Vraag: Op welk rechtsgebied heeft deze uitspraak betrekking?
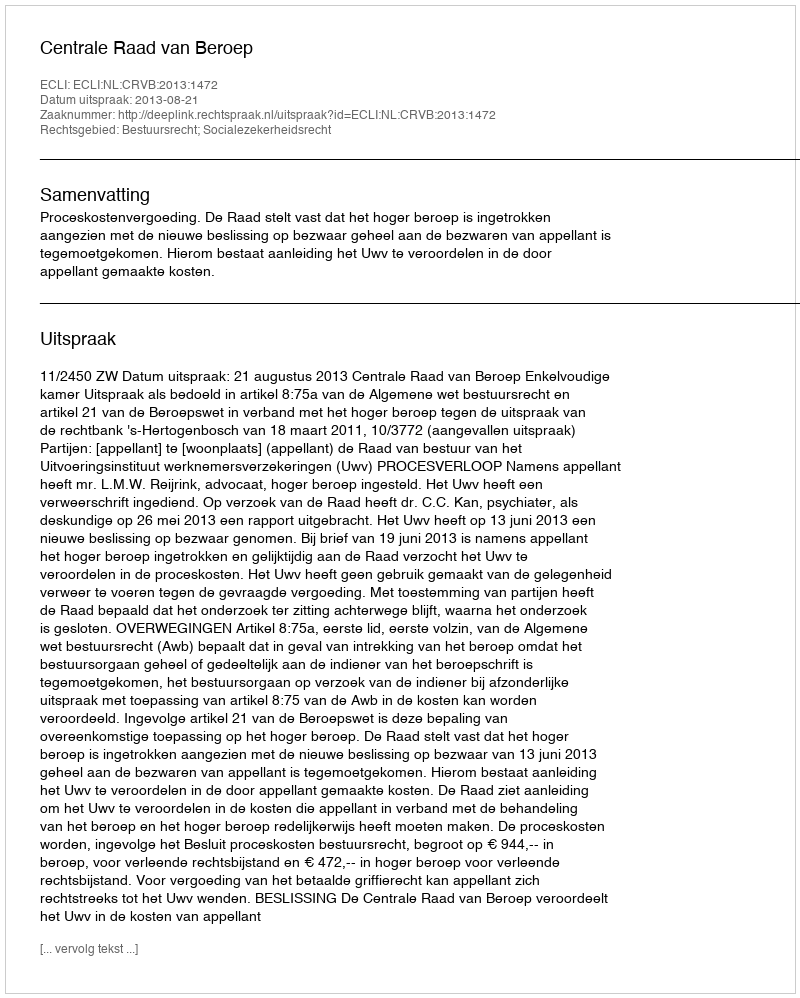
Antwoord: Bestuursrecht; Socialezekerheidsrecht